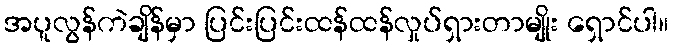
အပူလွန်ကဲချိန်မှာ ပြင်းပြင်းထန်ထန်လှုပ်ရှားတာမျိုး ရှောင်ပါ။